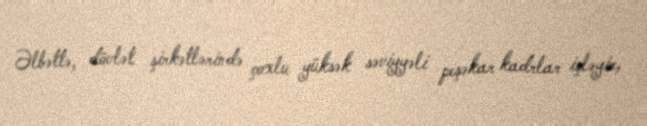
Əlbəttə, dövlət şirkətlərində çoxlu yüksək səviyyəli peşəkar kadrlar işləyir,